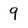
Character: 9